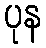
ပုန